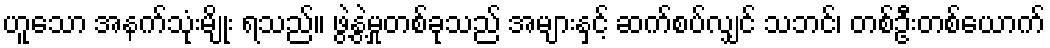
ဟူသော အနက်သုံးမျိုး ရသည်။ ဖွဲ့နွဲ့မှုတစ်ခုသည် အများနှင့် ဆက်စပ်လျှင် သဘင်၊ တစ်ဦးတစ်ယောက်